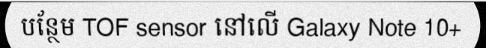
បន្ថែម TOF sensor នៅលើ Galaxy Note 10+